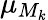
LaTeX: \mu_{M_{k}}